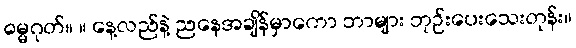
ဓမ္မဂုတ်။ ။ နေ့လည်နဲ့ ညနေအချိန်မှာကော ဘာများ ဘုဉ်းပေးသေးတုန်း။